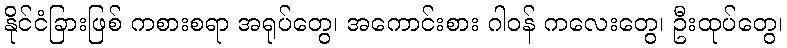
နိုင်ငံခြားဖြစ် ကစားစရာ အရုပ်တွေ၊ အကောင်းစား ဂါဝန် ကလေးတွေ၊ ဦးထုပ်တွေ၊